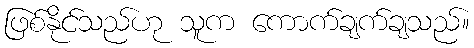
ဖြစ်နိုင်သည်ဟု သူက ကောက်ချက်ချသည်။